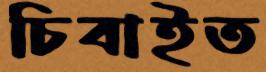
চিবাইত